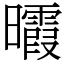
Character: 𣌊